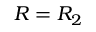
R = R _ { 2 }